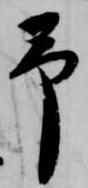
予